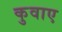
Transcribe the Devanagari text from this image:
कुवाए